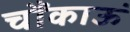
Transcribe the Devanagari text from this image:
चौंकाऊं